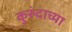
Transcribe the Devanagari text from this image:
कुरुंदाच्या